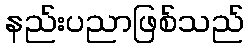
နည်းပညာဖြစ်သည်